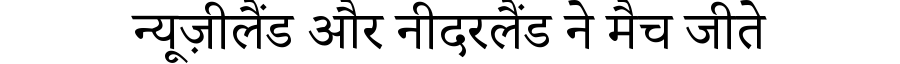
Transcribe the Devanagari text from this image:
न्यूज़ीलैंड और नीदरलैंड ने मैच जीते